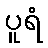
ပူရံ